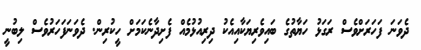
ދެވަނަ ފަހަރަށްވެސް ރަގަޅު ހަޔާތުގެ ބައިވެރިޔަކާއިއެކު ދިރިއުޅުމެއް ފެށިދާނެކަމަށް ހީކުރިން. ދެވަނަފަހަރުވެސް ލިބުނީ